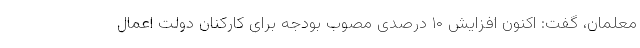
معلمان، گفت: اکنون افزایش ۱۰ درصدی مصوب بودجه برای کارکنان دولت اعمال